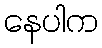
နေပါက